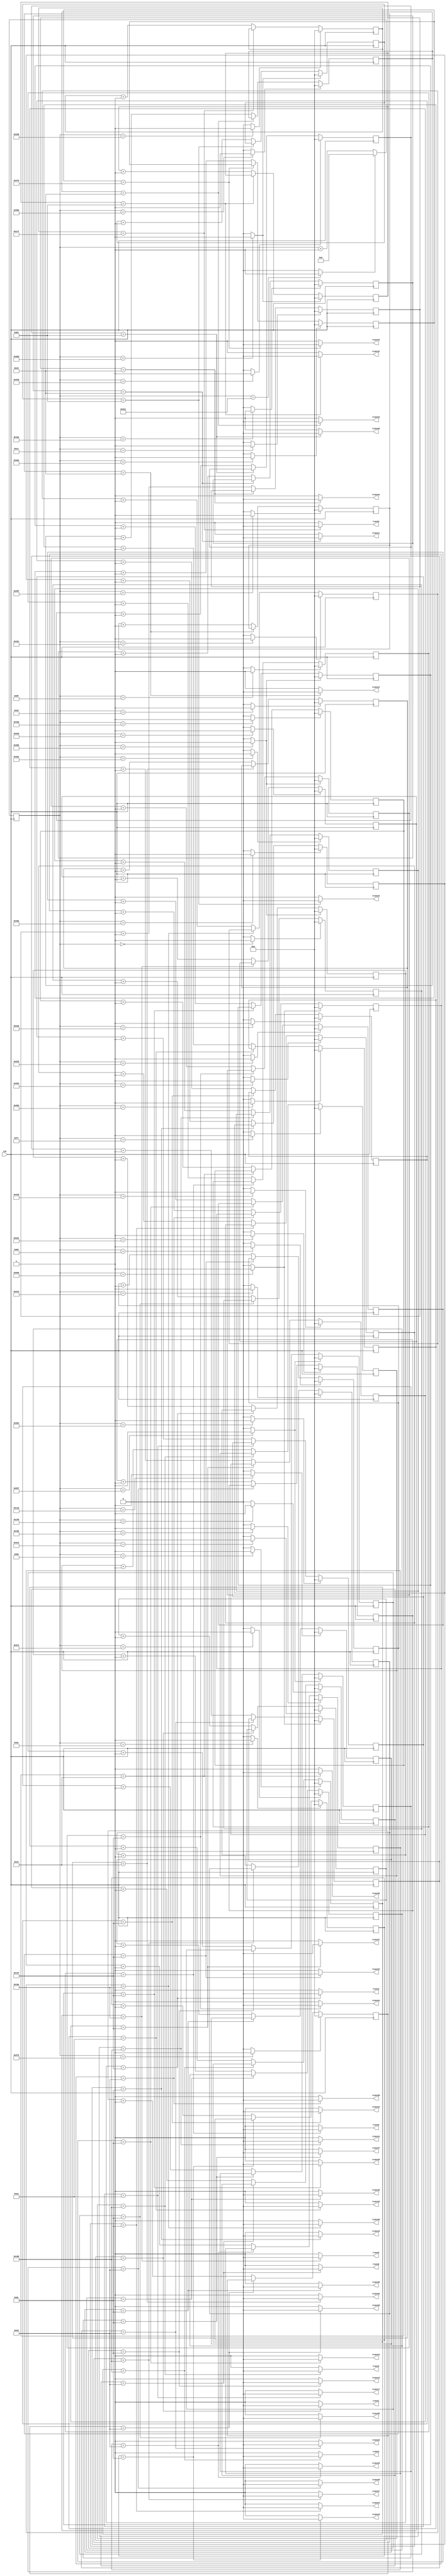
`timescale 1ns / 1ps
//////////////////////////////////////////////////////////////////////////////////
// Company: 
// Engineer: 
// 
// Design Name: 
// Module Name:    twin_6__7_pow_ad_focus_3_4 
// Project Name: 
// Target Devices: 
// Tool versions: 
// Description: 
//
// Dependencies: 
//
// Revision: 
// Revision 0.01 - File Created
// Additional Comments: 
//
//////////////////////////////////////////////////////////////////////////////////
module twin_6__7_pow_ad_focus_3_4(
  
	 input CLK,
	 
    output trans1,
    output trans2,
	 output trans3,
	 output trans4,
	 output trans5,
	 output trans6,

	 output trans8,
	 output trans9,
	 output trans10,
	 output trans11,
	 output trans12,
	 output trans13,

	 output trans15,
	 output trans16,
	 output trans17,
	 output trans18,
	 output trans19,
	 output trans20,

	 output trans22,
	 output trans23,
	 output trans24,
	 output trans25,
	 output trans26,
	 output trans27,

	 output trans29,
	 output trans30,
	 output trans31,
	 output trans32,
	 output trans33,
	 output trans34,

	 output trans36,
	 output trans37,
	 output trans38,
	 output trans39,
	 output trans40,
	 output trans41,

	 output trans43,
	 output trans44,
	 output trans45,
	 output trans46,
	 output trans47,
	 output trans48

    );

	//define signals
	reg [10:0] pwm_base_reg = 11'h000;
	reg [9:0] pwm1_duty_reg = 10'h000;
	reg [9:0] pwm2_duty_reg = 10'h000;
	reg [9:0] pwm3_duty_reg = 10'h000;
	reg [9:0] pwm4_duty_reg = 10'h000;
	reg [9:0] pwm5_duty_reg = 10'h000;
	reg [9:0] pwm6_duty_reg = 10'h000;

	reg [9:0] pwm8_duty_reg = 10'h000;
	reg [9:0] pwm9_duty_reg = 10'h000;
	reg [9:0] pwm10_duty_reg = 10'h000;
	reg [9:0] pwm11_duty_reg = 10'h000;	
	reg [9:0] pwm12_duty_reg = 10'h000;	
	reg [9:0] pwm13_duty_reg = 10'h000;

	reg [9:0] pwm15_duty_reg = 10'h000;
	reg [9:0] pwm16_duty_reg = 10'h000;
	reg [9:0] pwm17_duty_reg = 10'h000;
   reg [9:0] pwm18_duty_reg = 10'h000;
   reg [9:0] pwm19_duty_reg = 10'h000;
   reg [9:0] pwm20_duty_reg = 10'h000;

   reg [9:0] pwm22_duty_reg = 10'h000;
   reg [9:0] pwm23_duty_reg = 10'h000;
   reg [9:0] pwm24_duty_reg = 10'h000;
   reg [9:0] pwm25_duty_reg = 10'h000;
   reg [9:0] pwm26_duty_reg = 10'h000;
   reg [9:0] pwm27_duty_reg = 10'h000;

   reg [9:0] pwm29_duty_reg = 10'h000;
   reg [9:0] pwm30_duty_reg = 10'h000;
   reg [9:0] pwm31_duty_reg = 10'h000;
   reg [9:0] pwm32_duty_reg = 10'h000;
   reg [9:0] pwm33_duty_reg = 10'h000;
   reg [9:0] pwm34_duty_reg = 10'h000;

   reg [9:0] pwm36_duty_reg = 10'h000;
   reg [9:0] pwm37_duty_reg = 10'h000;
   reg [9:0] pwm38_duty_reg = 10'h000;
   reg [9:0] pwm39_duty_reg = 10'h000;
   reg [9:0] pwm40_duty_reg = 10'h000;
   reg [9:0] pwm41_duty_reg = 10'h000;

   reg [9:0] pwm43_duty_reg = 10'h000;
   reg [9:0] pwm44_duty_reg = 10'h000;
   reg [9:0] pwm45_duty_reg = 10'h000;
   reg [9:0] pwm46_duty_reg = 10'h000;
   reg [9:0] pwm47_duty_reg = 10'h000;
   reg [9:0] pwm48_duty_reg = 10'h000;

	
	reg [6:0] base_cycle_counter_reg = 7'h00;
	reg [15:0] count_base_reg = 16'h0000;
	
	wire pwm1;
	wire pwm2;
	wire pwm3;
	wire pwm4;
	wire pwm5;
	wire pwm6;

	wire pwm8;
	wire pwm9;
	wire pwm10;
	wire pwm11;
	wire pwm12;
	wire pwm13;

	wire pwm15;
	wire pwm16;
	wire pwm17;
   wire pwm18;
   wire pwm19;
   wire pwm20;

   wire pwm22;
   wire pwm23;
   wire pwm24;
   wire pwm25;
   wire pwm26;
   wire pwm27;

   wire pwm29;
   wire pwm30;
   wire pwm31;
   wire pwm32;
   wire pwm33;
   wire pwm34;

   wire pwm36;
   wire pwm37;
   wire pwm38;
   wire pwm39;
   wire pwm40;
   wire pwm41;

   wire pwm43;
   wire pwm44;
   wire pwm45;
   wire pwm46;
   wire pwm47;
   wire pwm48;

	
	wire pwm1_out;
	wire pwm2_out;
	wire pwm3_out;
	wire pwm4_out;
	wire pwm5_out;
	wire pwm6_out;

	wire pwm8_out;
	wire pwm9_out;
	wire pwm10_out;
	wire pwm11_out;
	wire pwm12_out;
	wire pwm13_out;

	wire pwm15_out;
	wire pwm16_out;
	wire pwm17_out;
	wire pwm18_out;
   wire pwm19_out;
   wire pwm20_out;

   wire pwm22_out;
   wire pwm23_out;
   wire pwm24_out;
   wire pwm25_out;
   wire pwm26_out;
   wire pwm27_out;

   wire pwm29_out;
   wire pwm30_out;
   wire pwm31_out;
   wire pwm32_out;
   wire pwm33_out;
   wire pwm34_out;

   wire pwm36_out;
   wire pwm37_out;
   wire pwm38_out;
   wire pwm39_out;
   wire pwm40_out;
   wire pwm41_out;

   wire pwm43_out;
   wire pwm44_out;
   wire pwm45_out;
   wire pwm46_out;
   wire pwm47_out;
   wire pwm48_out;

	wire pwmbp;
	

	//PWM Base Cycle Generate
	/* Calculation
		base count = 50[MHz] / 40 [kHz] = 1250
		0 ~ 1249 -> 1250 count
	*/
	always @(posedge CLK) begin  //CB16RE
		if (pwmbp == 1'b1) begin  //R:pwmbp
			pwm_base_reg <= 11'h000;  //h:hexadecimal, assign 0 to all bits
		end
		else begin
			pwm_base_reg <= pwm_base_reg + 1'b1;  //increment
		end
	end
	
	assign pwmbp = (pwm_base_reg[10:0] == 11'd1249) ? 1'b1 : 1'b0;  //COMP16
	
	//phase

   assign pwm1  = (pwm_base_reg[10:0] == 11'd1218) ? 1'b1 : 1'b0;  //COMP16
   assign pwm2  = (pwm_base_reg[10:0] == 11'd176) ? 1'b1 : 1'b0;  //COMP16
   assign pwm3  = (pwm_base_reg[10:0] == 11'd247) ? 1'b1 : 1'b0;  //COMP16
   assign pwm4  = (pwm_base_reg[10:0] == 11'd774) ? 1'b1 : 1'b0;  //COMP16
   assign pwm5  = (pwm_base_reg[10:0] == 11'd544) ? 1'b1 : 1'b0;  //COMP16
   assign pwm6  = (pwm_base_reg[10:0] == 11'd223) ? 1'b1 : 1'b0;  //COMP16
   assign pwm8  = (pwm_base_reg[10:0] == 11'd331) ? 1'b1 : 1'b0;  //COMP16
   assign pwm9  = (pwm_base_reg[10:0] == 11'd432) ? 1'b1 : 1'b0;  //COMP16
   assign pwm10 = (pwm_base_reg[10:0] == 11'd576) ? 1'b1 : 1'b0;  //COMP16
   assign pwm11 = (pwm_base_reg[10:0] == 11'd1186) ? 1'b1 : 1'b0;  //COMP16
   assign pwm12 = (pwm_base_reg[10:0] == 11'd942) ? 1'b1 : 1'b0;  //COMP16
   assign pwm13 = (pwm_base_reg[10:0] == 11'd615) ? 1'b1 : 1'b0;  //COMP16
   assign pwm15 = (pwm_base_reg[10:0] == 11'd553) ? 1'b1 : 1'b0;  //COMP16
   assign pwm16 = (pwm_base_reg[10:0] == 11'd778) ? 1'b1 : 1'b0;  //COMP16
   assign pwm17 = (pwm_base_reg[10:0] == 11'd868) ? 1'b1 : 1'b0;  //COMP16
   assign pwm18 = (pwm_base_reg[10:0] == 11'd145) ? 1'b1 : 1'b0;  //COMP16
   assign pwm19 = (pwm_base_reg[10:0] == 11'd1178) ? 1'b1 : 1'b0;  //COMP16
   assign pwm20 = (pwm_base_reg[10:0] == 11'd774) ? 1'b1 : 1'b0;  //COMP16
   assign pwm22 = (pwm_base_reg[10:0] == 11'd617) ? 1'b1 : 1'b0;  //COMP16
   assign pwm23 = (pwm_base_reg[10:0] == 11'd861) ? 1'b1 : 1'b0;  //COMP16
   assign pwm24 = (pwm_base_reg[10:0] == 11'd916) ? 1'b1 : 1'b0;  //COMP16
   assign pwm25 = (pwm_base_reg[10:0] == 11'd230) ? 1'b1 : 1'b0;  //COMP16
   assign pwm26 = (pwm_base_reg[10:0] == 11'd0) ? 1'b1 : 1'b0;  //COMP16
   assign pwm27 = (pwm_base_reg[10:0] == 11'd845) ? 1'b1 : 1'b0;  //COMP16
   assign pwm29 = (pwm_base_reg[10:0] == 11'd545) ? 1'b1 : 1'b0;  //COMP16
   assign pwm30 = (pwm_base_reg[10:0] == 11'd762) ? 1'b1 : 1'b0;  //COMP16
   assign pwm31 = (pwm_base_reg[10:0] == 11'd861) ? 1'b1 : 1'b0;  //COMP16
   assign pwm32 = (pwm_base_reg[10:0] == 11'd96) ? 1'b1 : 1'b0;  //COMP16
   assign pwm33 = (pwm_base_reg[10:0] == 11'd1203) ? 1'b1 : 1'b0;  //COMP16
   assign pwm34 = (pwm_base_reg[10:0] == 11'd774) ? 1'b1 : 1'b0;  //COMP16
   assign pwm36 = (pwm_base_reg[10:0] == 11'd268) ? 1'b1 : 1'b0;  //COMP16
   assign pwm37 = (pwm_base_reg[10:0] == 11'd531) ? 1'b1 : 1'b0;  //COMP16
   assign pwm38 = (pwm_base_reg[10:0] == 11'd617) ? 1'b1 : 1'b0;  //COMP16
   assign pwm39 = (pwm_base_reg[10:0] == 11'd1190) ? 1'b1 : 1'b0;  //COMP16
   assign pwm40 = (pwm_base_reg[10:0] == 11'd964) ? 1'b1 : 1'b0;  //COMP16
   assign pwm41 = (pwm_base_reg[10:0] == 11'd623) ? 1'b1 : 1'b0;  //COMP16
   assign pwm43 = (pwm_base_reg[10:0] == 11'd1038) ? 1'b1 : 1'b0;  //COMP16
   assign pwm44 = (pwm_base_reg[10:0] == 11'd206) ? 1'b1 : 1'b0;  //COMP16
   assign pwm45 = (pwm_base_reg[10:0] == 11'd261) ? 1'b1 : 1'b0;  //COMP16
   assign pwm46 = (pwm_base_reg[10:0] == 11'd841) ? 1'b1 : 1'b0;  //COMP16
   assign pwm47 = (pwm_base_reg[10:0] == 11'd615) ? 1'b1 : 1'b0;  //COMP16
   assign pwm48 = (pwm_base_reg[10:0] == 11'd272) ? 1'b1 : 1'b0;  //COMP16
   

	//PWM Duty Ratio Generate
    always @(posedge CLK) begin  //CB16RE
        if (pwm1 == 1'b1) begin  //R:pwm1
            pwm1_duty_reg <= 11'h000;
        end
        else if (pwm1_out == 1'b1) begin  //CE:pwm1_out
            pwm1_duty_reg <= pwm1_duty_reg + 1'b1;
        end
    end
    
    always @(posedge CLK) begin  //CB16RE
        if (pwm2 == 1'b1) begin  //R:pwm2
            pwm2_duty_reg <= 11'h000;
        end
        else if (pwm2_out == 1'b1) begin  //CE:pwm2_out
            pwm2_duty_reg <= pwm2_duty_reg + 1'b1;
        end
    end
    
    always @(posedge CLK) begin  //CB16RE
        if (pwm3 == 1'b1) begin  //R:pwm3
            pwm3_duty_reg <= 11'h000;
        end
        else if (pwm3_out == 1'b1) begin  //CE:pwm3_out
            pwm3_duty_reg <= pwm3_duty_reg + 1'b1;
        end
    end
    
    always @(posedge CLK) begin  //CB16RE
        if (pwm4 == 1'b1) begin  //R:pwm4
            pwm4_duty_reg <= 11'h000;
        end
        else if (pwm4_out == 1'b1) begin  //CE:pwm4_out
            pwm4_duty_reg <= pwm4_duty_reg + 1'b1;
        end
    end
    
    always @(posedge CLK) begin  //CB16RE
        if (pwm5 == 1'b1) begin  //R:pwm5
            pwm5_duty_reg <= 11'h000;
        end
        else if (pwm5_out == 1'b1) begin  //CE:pwm5_out
            pwm5_duty_reg <= pwm5_duty_reg + 1'b1;
        end
    end
    
    always @(posedge CLK) begin  //CB16RE
        if (pwm6 == 1'b1) begin  //R:pwm6
            pwm6_duty_reg <= 11'h000;
        end
        else if (pwm6_out == 1'b1) begin  //CE:pwm6_out
            pwm6_duty_reg <= pwm6_duty_reg + 1'b1;
        end
    end
    

    
    always @(posedge CLK) begin  //CB16RE
        if (pwm8 == 1'b1) begin  //R:pwm8
            pwm8_duty_reg <= 11'h000;
        end
        else if (pwm8_out == 1'b1) begin  //CE:pwm8_out
            pwm8_duty_reg <= pwm8_duty_reg + 1'b1;
        end
    end
    
    always @(posedge CLK) begin  //CB16RE
        if (pwm9 == 1'b1) begin  //R:pwm9
            pwm9_duty_reg <= 11'h000;
        end
        else if (pwm9_out == 1'b1) begin  //CE:pwm9_out
            pwm9_duty_reg <= pwm9_duty_reg + 1'b1;
        end
    end
    
    always @(posedge CLK) begin  //CB16RE
        if (pwm10 == 1'b1) begin  //R:pwm10
            pwm10_duty_reg <= 11'h000;
        end
        else if (pwm10_out == 1'b1) begin  //CE:pwm10_out
            pwm10_duty_reg <= pwm10_duty_reg + 1'b1;
        end
    end
    
   always @(posedge CLK) begin  //CB16RE
        if (pwm11 == 1'b1) begin  //R:pwm11
            pwm11_duty_reg <= 11'h000;
        end
        else if (pwm11_out == 1'b1) begin  //CE:pwm11_out
            pwm11_duty_reg <= pwm11_duty_reg + 1'b1;
        end
    end

   always @(posedge CLK) begin  //CB16RE
        if (pwm12 == 1'b1) begin  //R:pwm12
            pwm12_duty_reg <= 11'h000;
        end
        else if (pwm12_out == 1'b1) begin  //CE:pwm12_out
            pwm12_duty_reg <= pwm12_duty_reg + 1'b1;
        end
    end

   always @(posedge CLK) begin  //CB16RE
        if (pwm13 == 1'b1) begin  //R:pwm13
            pwm13_duty_reg <= 11'h000;
        end
        else if (pwm13_out == 1'b1) begin  //CE:pwm13_out
            pwm13_duty_reg <= pwm13_duty_reg + 1'b1;
        end
    end


	 
    always @(posedge CLK) begin  //CB16RE
        if (pwm15 == 1'b1) begin  //R:pwm15
            pwm15_duty_reg <= 11'h000;
        end
        else if (pwm15_out == 1'b1) begin  //CE:pwm15_out
            pwm15_duty_reg <= pwm15_duty_reg + 1'b1;
        end
    end
	 
    always @(posedge CLK) begin  //CB16RE
        if (pwm16 == 1'b1) begin  //R:pwm16
            pwm16_duty_reg <= 11'h000;
        end
        else if (pwm16_out == 1'b1) begin  //CE:pwm16_out
            pwm16_duty_reg <= pwm16_duty_reg + 1'b1;
        end
    end
	 
    always @(posedge CLK) begin  //CB16RE
        if (pwm17 == 1'b1) begin  //R:pwm17
            pwm17_duty_reg <= 11'h000;
        end
        else if (pwm17_out == 1'b1) begin  //CE:pwm17_out
            pwm17_duty_reg <= pwm17_duty_reg + 1'b1;
        end
    end

    always @(posedge CLK) begin  //CB16RE
        if (pwm18 == 1'b1) begin  //R:pwm18
            pwm18_duty_reg <= 11'h000;
        end
        else if (pwm18_out == 1'b1) begin  //CE:pwm18_out
            pwm18_duty_reg <= pwm18_duty_reg + 1'b1;
        end
    end

	 always @(posedge CLK) begin  //CB16RE
        if (pwm19 == 1'b1) begin  //R:pwm19
            pwm19_duty_reg <= 11'h000;
        end
        else if (pwm19_out == 1'b1) begin  //CE:pwm19_out
            pwm19_duty_reg <= pwm19_duty_reg + 1'b1;
        end
    end

	 always @(posedge CLK) begin  //CB16RE
        if (pwm20 == 1'b1) begin  //R:pwm20
            pwm20_duty_reg <= 11'h000;
        end
        else if (pwm20_out == 1'b1) begin  //CE:pwm20_out
            pwm20_duty_reg <= pwm20_duty_reg + 1'b1;
        end
    end



	 always @(posedge CLK) begin  //CB16RE
        if (pwm22 == 1'b1) begin  //R:pwm22
            pwm22_duty_reg <= 11'h000;
        end
        else if (pwm22_out == 1'b1) begin  //CE:pwm22_out
            pwm22_duty_reg <= pwm22_duty_reg + 1'b1;
        end
    end

	 always @(posedge CLK) begin  //CB16RE
        if (pwm23 == 1'b1) begin  //R:pwm23
            pwm23_duty_reg <= 11'h000;
        end
        else if (pwm23_out == 1'b1) begin  //CE:pwm23_out
            pwm23_duty_reg <= pwm23_duty_reg + 1'b1;
        end
    end
	 
    always @(posedge CLK) begin  //CB16RE
        if (pwm24 == 1'b1) begin  //R:pwm24
            pwm24_duty_reg <= 11'h000;
        end
        else if (pwm24_out == 1'b1) begin  //CE:pwm24_out
            pwm24_duty_reg <= pwm24_duty_reg + 1'b1;
        end
    end
	 
    always @(posedge CLK) begin  //CB16RE
        if (pwm25 == 1'b1) begin  //R:pwm25
            pwm25_duty_reg <= 11'h000;
        end
        else if (pwm25_out == 1'b1) begin  //CE:pwm25_out
            pwm25_duty_reg <= pwm25_duty_reg + 1'b1;
        end
    end
	 
    always @(posedge CLK) begin  //CB16RE
        if (pwm26 == 1'b1) begin  //R:pwm26
            pwm26_duty_reg <= 11'h000;
        end
        else if (pwm26_out == 1'b1) begin  //CE:pwm26_out
            pwm26_duty_reg <= pwm26_duty_reg + 1'b1;
        end
    end
	 
    always @(posedge CLK) begin  //CB16RE
        if (pwm27 == 1'b1) begin  //R:pwm27
            pwm27_duty_reg <= 11'h000;
        end
        else if (pwm27_out == 1'b1) begin  //CE:pwm27_out
            pwm27_duty_reg <= pwm27_duty_reg + 1'b1;
        end
    end
	 

	 
    always @(posedge CLK) begin  //CB16RE
        if (pwm29 == 1'b1) begin  //R:pwm29
            pwm29_duty_reg <= 11'h000;
        end
        else if (pwm29_out == 1'b1) begin  //CE:pwm29_out
            pwm29_duty_reg <= pwm29_duty_reg + 1'b1;
        end
    end
	 
    always @(posedge CLK) begin  //CB16RE
        if (pwm30 == 1'b1) begin  //R:pwm30
            pwm30_duty_reg <= 11'h000;
        end
        else if (pwm30_out == 1'b1) begin  //CE:pwm30_out
            pwm30_duty_reg <= pwm30_duty_reg + 1'b1;
        end
    end
	 
    always @(posedge CLK) begin  //CB16RE
        if (pwm31 == 1'b1) begin  //R:pwm31
            pwm31_duty_reg <= 11'h000;
        end
        else if (pwm31_out == 1'b1) begin  //CE:pwm31_out
            pwm31_duty_reg <= pwm31_duty_reg + 1'b1;
        end
    end
	 
    always @(posedge CLK) begin  //CB16RE
        if (pwm32 == 1'b1) begin  //R:pwm32
            pwm32_duty_reg <= 11'h000;
        end
        else if (pwm32_out == 1'b1) begin  //CE:pwm32_out
            pwm32_duty_reg <= pwm32_duty_reg + 1'b1;
        end
    end
	 
    always @(posedge CLK) begin  //CB16RE
        if (pwm33 == 1'b1) begin  //R:pwm33
            pwm33_duty_reg <= 11'h000;
        end
        else if (pwm33_out == 1'b1) begin  //CE:pwm33_out
            pwm33_duty_reg <= pwm33_duty_reg + 1'b1;
        end
    end
	 
    always @(posedge CLK) begin  //CB16RE
        if (pwm34 == 1'b1) begin  //R:pwm34
            pwm34_duty_reg <= 11'h000;
        end
        else if (pwm34_out == 1'b1) begin  //CE:pwm34_out
            pwm34_duty_reg <= pwm34_duty_reg + 1'b1;
        end
    end
	 

	 
    always @(posedge CLK) begin  //CB16RE
        if (pwm36 == 1'b1) begin  //R:pwm36
            pwm36_duty_reg <= 11'h000;
        end
        else if (pwm36_out == 1'b1) begin  //CE:pwm36_out
            pwm36_duty_reg <= pwm36_duty_reg + 1'b1;
        end
    end
	 
    always @(posedge CLK) begin  //CB16RE
        if (pwm37 == 1'b1) begin  //R:pwm37
            pwm37_duty_reg <= 11'h000;
        end
        else if (pwm37_out == 1'b1) begin  //CE:pwm37_out
            pwm37_duty_reg <= pwm37_duty_reg + 1'b1;
        end
    end
	 
    always @(posedge CLK) begin  //CB16RE
        if (pwm38 == 1'b1) begin  //R:pwm38
            pwm38_duty_reg <= 11'h000;
        end
        else if (pwm38_out == 1'b1) begin  //CE:pwm38_out
            pwm38_duty_reg <= pwm38_duty_reg + 1'b1;
        end
    end
	 
    always @(posedge CLK) begin  //CB16RE
        if (pwm39 == 1'b1) begin  //R:pwm39
            pwm39_duty_reg <= 11'h000;
        end
        else if (pwm39_out == 1'b1) begin  //CE:pwm39_out
            pwm39_duty_reg <= pwm39_duty_reg + 1'b1;
        end
    end
	 
    always @(posedge CLK) begin  //CB16RE
        if (pwm40 == 1'b1) begin  //R:pwm40
            pwm40_duty_reg <= 11'h000;
        end
        else if (pwm40_out == 1'b1) begin  //CE:pwm40_out
            pwm40_duty_reg <= pwm40_duty_reg + 1'b1;
        end
    end
	 
    always @(posedge CLK) begin  //CB16RE
        if (pwm41 == 1'b1) begin  //R:pwm41
            pwm41_duty_reg <= 11'h000;
        end
        else if (pwm41_out == 1'b1) begin  //CE:pwm41_out
            pwm41_duty_reg <= pwm41_duty_reg + 1'b1;
        end
    end
	 

	 
    always @(posedge CLK) begin  //CB16RE
        if (pwm43 == 1'b1) begin  //R:pwm43
            pwm43_duty_reg <= 11'h000;
        end
        else if (pwm43_out == 1'b1) begin  //CE:pwm43_out
            pwm43_duty_reg <= pwm43_duty_reg + 1'b1;
        end
    end
	 
    always @(posedge CLK) begin  //CB16RE
        if (pwm44 == 1'b1) begin  //R:pwm44
            pwm44_duty_reg <= 11'h000;
        end
        else if (pwm44_out == 1'b1) begin  //CE:pwm44_out
            pwm44_duty_reg <= pwm44_duty_reg + 1'b1;
        end
    end
	 
    always @(posedge CLK) begin  //CB16RE
        if (pwm45 == 1'b1) begin  //R:pwm45
            pwm45_duty_reg <= 11'h000;
        end
        else if (pwm45_out == 1'b1) begin  //CE:pwm45_out
            pwm45_duty_reg <= pwm45_duty_reg + 1'b1;
        end
    end
	 
    always @(posedge CLK) begin  //CB16RE
        if (pwm46 == 1'b1) begin  //R:pwm46
            pwm46_duty_reg <= 11'h000;
        end
        else if (pwm46_out == 1'b1) begin  //CE:pwm46_out
            pwm46_duty_reg <= pwm46_duty_reg + 1'b1;
        end
    end
	 
    always @(posedge CLK) begin  //CB16RE
        if (pwm47 == 1'b1) begin  //R:pwm47
            pwm47_duty_reg <= 11'h000;
        end
        else if (pwm47_out == 1'b1) begin  //CE:pwm47_out
            pwm47_duty_reg <= pwm47_duty_reg + 1'b1;
        end
    end
	 
    always @(posedge CLK) begin  //CB16RE
        if (pwm48 == 1'b1) begin  //R:pwm48
            pwm48_duty_reg <= 11'h000;
        end
        else if (pwm48_out == 1'b1) begin  //CE:pwm48_out
            pwm48_duty_reg <= pwm48_duty_reg + 1'b1;
        end
    end
       

	//duty ratio  ex 50% -> 1250 / 2 = 625
	assign pwm1_out = (pwm1_duty_reg[9:0] == 10'd264) ? 1'b0 : 1'b1;  //COMP16
	assign pwm2_out = (pwm2_duty_reg[9:0] == 10'd264) ? 1'b0 : 1'b1;  //COMP16
	assign pwm3_out = (pwm3_duty_reg[9:0] == 10'd264) ? 1'b0 : 1'b1;  //COMP16
	assign pwm4_out = (pwm4_duty_reg[9:0] == 10'd319) ? 1'b0 : 1'b1;  //COMP16
	assign pwm5_out = (pwm5_duty_reg[9:0] == 10'd362) ? 1'b0 : 1'b1;  //COMP16
	assign pwm6_out = (pwm6_duty_reg[9:0] == 10'd319) ? 1'b0 : 1'b1;  //COMP16

	assign pwm8_out = (pwm8_duty_reg[9:0] == 10'd237) ? 1'b0 : 1'b1;  //COMP16
	assign pwm9_out = (pwm9_duty_reg[9:0] == 10'd463) ? 1'b0 : 1'b1;  //COMP16
	assign pwm10_out = (pwm10_duty_reg[9:0] == 10'd319) ? 1'b0 : 1'b1;  //COMP16
   assign pwm11_out = (pwm11_duty_reg[9:0] == 10'd205) ? 1'b0 : 1'b1;  //COMP16 
   assign pwm12_out = (pwm12_duty_reg[9:0] == 10'd264) ? 1'b0 : 1'b1;  //COMP16 
   assign pwm13_out = (pwm13_duty_reg[9:0] == 10'd220) ? 1'b0 : 1'b1;  //COMP16 

   assign pwm15_out = (pwm15_duty_reg[9:0] == 10'd220) ? 1'b0 : 1'b1;  //COMP16 
   assign pwm16_out = (pwm16_duty_reg[9:0] == 10'd205) ? 1'b0 : 1'b1;  //COMP16
   assign pwm17_out = (pwm17_duty_reg[9:0] == 10'd170) ? 1'b0 : 1'b1;  //COMP16
   assign pwm18_out = (pwm18_duty_reg[9:0] == 10'd220) ? 1'b0 : 1'b1;  //COMP16
   assign pwm19_out = (pwm19_duty_reg[9:0] == 10'd220) ? 1'b0 : 1'b1;  //COMP16
   assign pwm20_out = (pwm20_duty_reg[9:0] == 10'd319) ? 1'b0 : 1'b1;  //COMP16

   assign pwm22_out = (pwm22_duty_reg[9:0] == 10'd237) ? 1'b0 : 1'b1;  //COMP16
   assign pwm23_out = (pwm23_duty_reg[9:0] == 10'd185) ? 1'b0 : 1'b1;  //COMP16
   assign pwm24_out = (pwm24_duty_reg[9:0] == 10'd220) ? 1'b0 : 1'b1;  //COMP16
   assign pwm25_out = (pwm25_duty_reg[9:0] == 10'd197) ? 1'b0 : 1'b1;  //COMP16
   assign pwm26_out = (pwm26_duty_reg[9:0] == 10'd220) ? 1'b0 : 1'b1;  //COMP16
   assign pwm27_out = (pwm27_duty_reg[9:0] == 10'd319) ? 1'b0 : 1'b1;  //COMP16

   assign pwm29_out = (pwm29_duty_reg[9:0] == 10'd237) ? 1'b0 : 1'b1;  //COMP16
   assign pwm30_out = (pwm30_duty_reg[9:0] == 10'd237) ? 1'b0 : 1'b1;  //COMP16
   assign pwm31_out = (pwm31_duty_reg[9:0] == 10'd185) ? 1'b0 : 1'b1;  //COMP16
   assign pwm32_out = (pwm32_duty_reg[9:0] == 10'd319) ? 1'b0 : 1'b1;  //COMP16
   assign pwm33_out = (pwm33_duty_reg[9:0] == 10'd170) ? 1'b0 : 1'b1;  //COMP16
   assign pwm34_out = (pwm34_duty_reg[9:0] == 10'd319) ? 1'b0 : 1'b1;  //COMP16

   assign pwm36_out = (pwm36_duty_reg[9:0] == 10'd362) ? 1'b0 : 1'b1;  //COMP16
   assign pwm37_out = (pwm37_duty_reg[9:0] == 10'd264) ? 1'b0 : 1'b1;  //COMP16
   assign pwm38_out = (pwm38_duty_reg[9:0] == 10'd237) ? 1'b0 : 1'b1;  //COMP16
   assign pwm39_out = (pwm39_duty_reg[9:0] == 10'd197) ? 1'b0 : 1'b1;  //COMP16
   assign pwm40_out = (pwm40_duty_reg[9:0] == 10'd220) ? 1'b0 : 1'b1;  //COMP16
   assign pwm41_out = (pwm41_duty_reg[9:0] == 10'd205) ? 1'b0 : 1'b1;  //COMP16

   assign pwm43_out = (pwm43_duty_reg[9:0] == 10'd624) ? 1'b0 : 1'b1;  //COMP16
   assign pwm44_out = (pwm44_duty_reg[9:0] == 10'd205) ? 1'b0 : 1'b1;  //COMP16
   assign pwm45_out = (pwm45_duty_reg[9:0] == 10'd237) ? 1'b0 : 1'b1;  //COMP16
   assign pwm46_out = (pwm46_duty_reg[9:0] == 10'd185) ? 1'b0 : 1'b1;  //COMP16
   assign pwm47_out = (pwm47_duty_reg[9:0] == 10'd220) ? 1'b0 : 1'b1;  //COMP16
   assign pwm48_out = (pwm48_duty_reg[9:0] == 10'd220) ? 1'b0 : 1'b1;  //COMP16
	
	//To transducers
   assign trans1 = pwm1_out;
   assign trans2 = pwm2_out;
   assign trans3 = pwm3_out;
   assign trans4 = pwm4_out;
   assign trans5 = pwm5_out;
   assign trans6 = pwm6_out;

   assign trans8 = pwm8_out;
   assign trans9 = pwm9_out;
   assign trans10 = pwm10_out;
   assign trans11 = pwm11_out;
   assign trans12 = pwm12_out;
   assign trans13 = pwm13_out;

   assign trans15 = pwm15_out;
   assign trans16 = pwm16_out;
   assign trans17 = pwm17_out;
   assign trans18 = pwm18_out;
   assign trans19 = pwm19_out;
   assign trans20 = pwm20_out;

   assign trans22 = pwm22_out;
   assign trans23 = pwm23_out;
   assign trans24 = pwm24_out;
   assign trans25 = pwm25_out;
   assign trans26 = pwm26_out;
   assign trans27 = pwm27_out;

   assign trans29 = pwm29_out;
   assign trans30 = pwm30_out;
   assign trans31 = pwm31_out;
   assign trans32 = pwm32_out;
   assign trans33 = pwm33_out;
   assign trans34 = pwm34_out;

   assign trans36 = pwm36_out;
   assign trans37 = pwm37_out;
   assign trans38 = pwm38_out;
   assign trans39 = pwm39_out;
   assign trans40 = pwm40_out;
   assign trans41 = pwm41_out;

   assign trans43 = pwm43_out;
   assign trans44 = pwm44_out;
   assign trans45 = pwm45_out;
   assign trans46 = pwm46_out;
   assign trans47 = pwm47_out;
   assign trans48 = pwm48_out;

endmodule